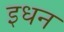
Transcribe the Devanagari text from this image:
इधन